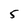
Character: 5